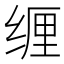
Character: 𱺦